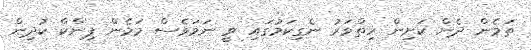
ތަމެން ދެން ކަށިންް ހިތްވަރު ނެގިކަމުގައި ވީ ނަމަވެސް މަމެން ޕިންކް ކުދިން